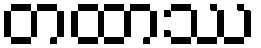
တထာဿ